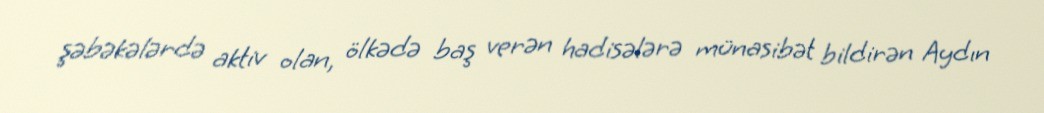
şəbəkələrdə aktiv olan, ölkədə baş verən hadisələrə münasibət bildirən Aydın